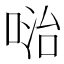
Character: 𠶠